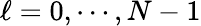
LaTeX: \ell=0,\cdots,N-1